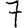
Digit: 7